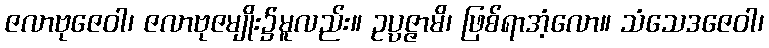
ဇလာဗုဇေဝါ၊ ဇလာဗုဇမျိုး၌မူလည်း။ ဥပ္ပဇ္ဇာမိ၊ ဖြစ်ရာအံ့လော။ သံသေဒဇေဝါ၊